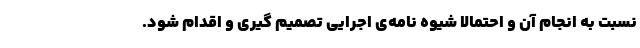
نسبت به انجام آن و احتمالا شیوه نامه‌ی اجرایی تصمیم گیری و اقدام شود.